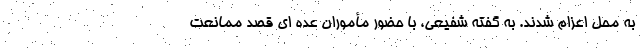
به محل اعزام شدند. به گفته شفیعی، با حضور مأموران عده ای قصد ممانعت